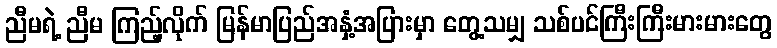
ညီမရဲ့ ညီမ ကြည့်လိုက် မြန်မာပြည်အနှံ့အပြားမှာ တွေ့သမျှ သစ်ပင်ကြီးကြီးမားမားတွေ